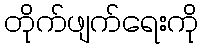
တိုက်ဖျက်ရေးကို